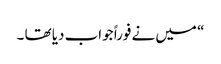
“ میں نے فوراً جواب دیا تھا ۔